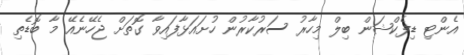
އެންޓި ޑިފެކްޝަން ބިލް މިހާރު ސަރުކާރުން ހުށައަޅާފައިވާ ގޮތަށް ޖެހޭނެއޭ މާ ބޮޑެތި